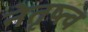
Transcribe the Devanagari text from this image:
नेतृष्त्व